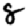
Digit: 8